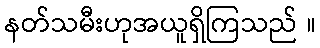
နတ်သမီးဟုအယူရှိကြသည် ။